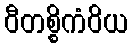
ဝီတစ္စိကံဝိယ